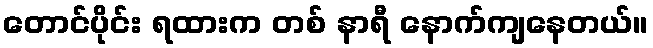
တောင်ပိုင်း ရထားက တစ် နာရီ နောက်ကျနေတယ်။